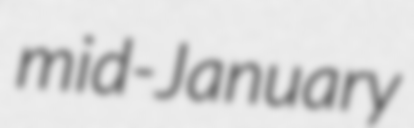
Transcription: mid-January